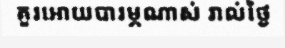
គួរអោយបារម្ភណាស់ រាល់ថ្ងៃ